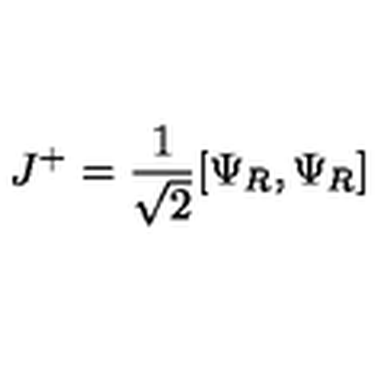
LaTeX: J ^ { + } = { \frac { 1 } { \sqrt 2 } } [ \Psi _ { R } , \Psi _ { R } ]